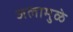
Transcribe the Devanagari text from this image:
जलामुळे